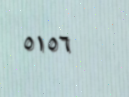
٥١٥٦